Rangoon Lunatic Asylum 1878-1892 - 1878-1892
Year: 1878
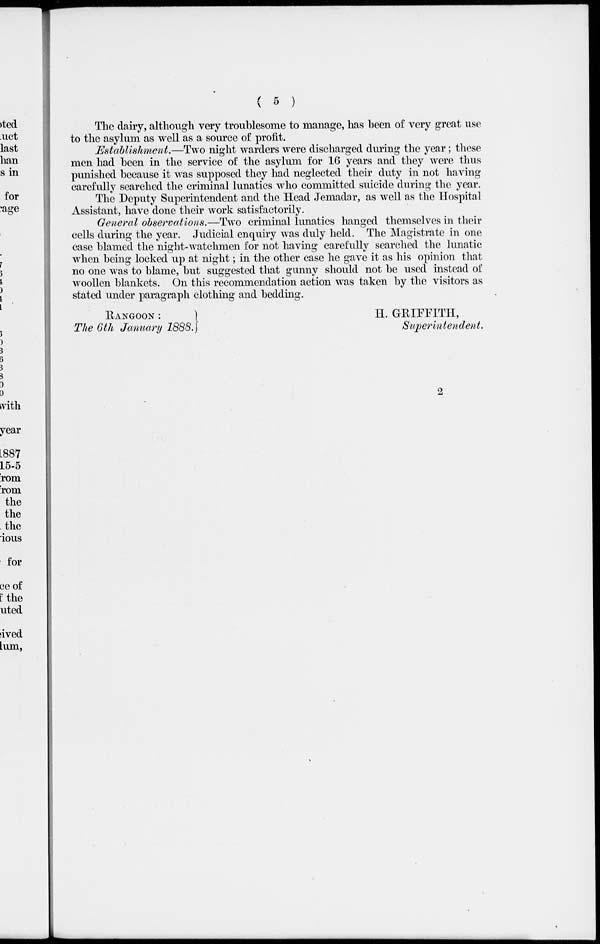
( 5 )
The dairy, although very troublesome to manage, has been of very great use
to the asylum as well as a source of profit.
Establishment.—Two night warders were discharged during the year; these
men had been in the service of the asylum for 16 years and they were thus
punished because it was supposed they had neglected their duty in not having
carefully searched the criminal lunatics who committed suicide during the year.
The Deputy Superintendent and the Head Jemadar, as well as the Hospital
Assistant, have done their work satisfactorily.
General observations.—Two criminal lunatics hanged themselves in their
cells during the year. Judicial enquiry was duly held. The Magistrate in one
case blamed the night-watchmen for not having carefully searched the lunatic
when being locked up at night; in the other case he gave it as his opinion that
no one was to blame, but suggested that gunny should not be used instead of
woollen blankets. On this recommendation action was taken by the visitors as
stated under paragraph clothing and bedding.
RANGOON :
The 6th January 1888.
H. GRIFFITH,
Superintendent.
2